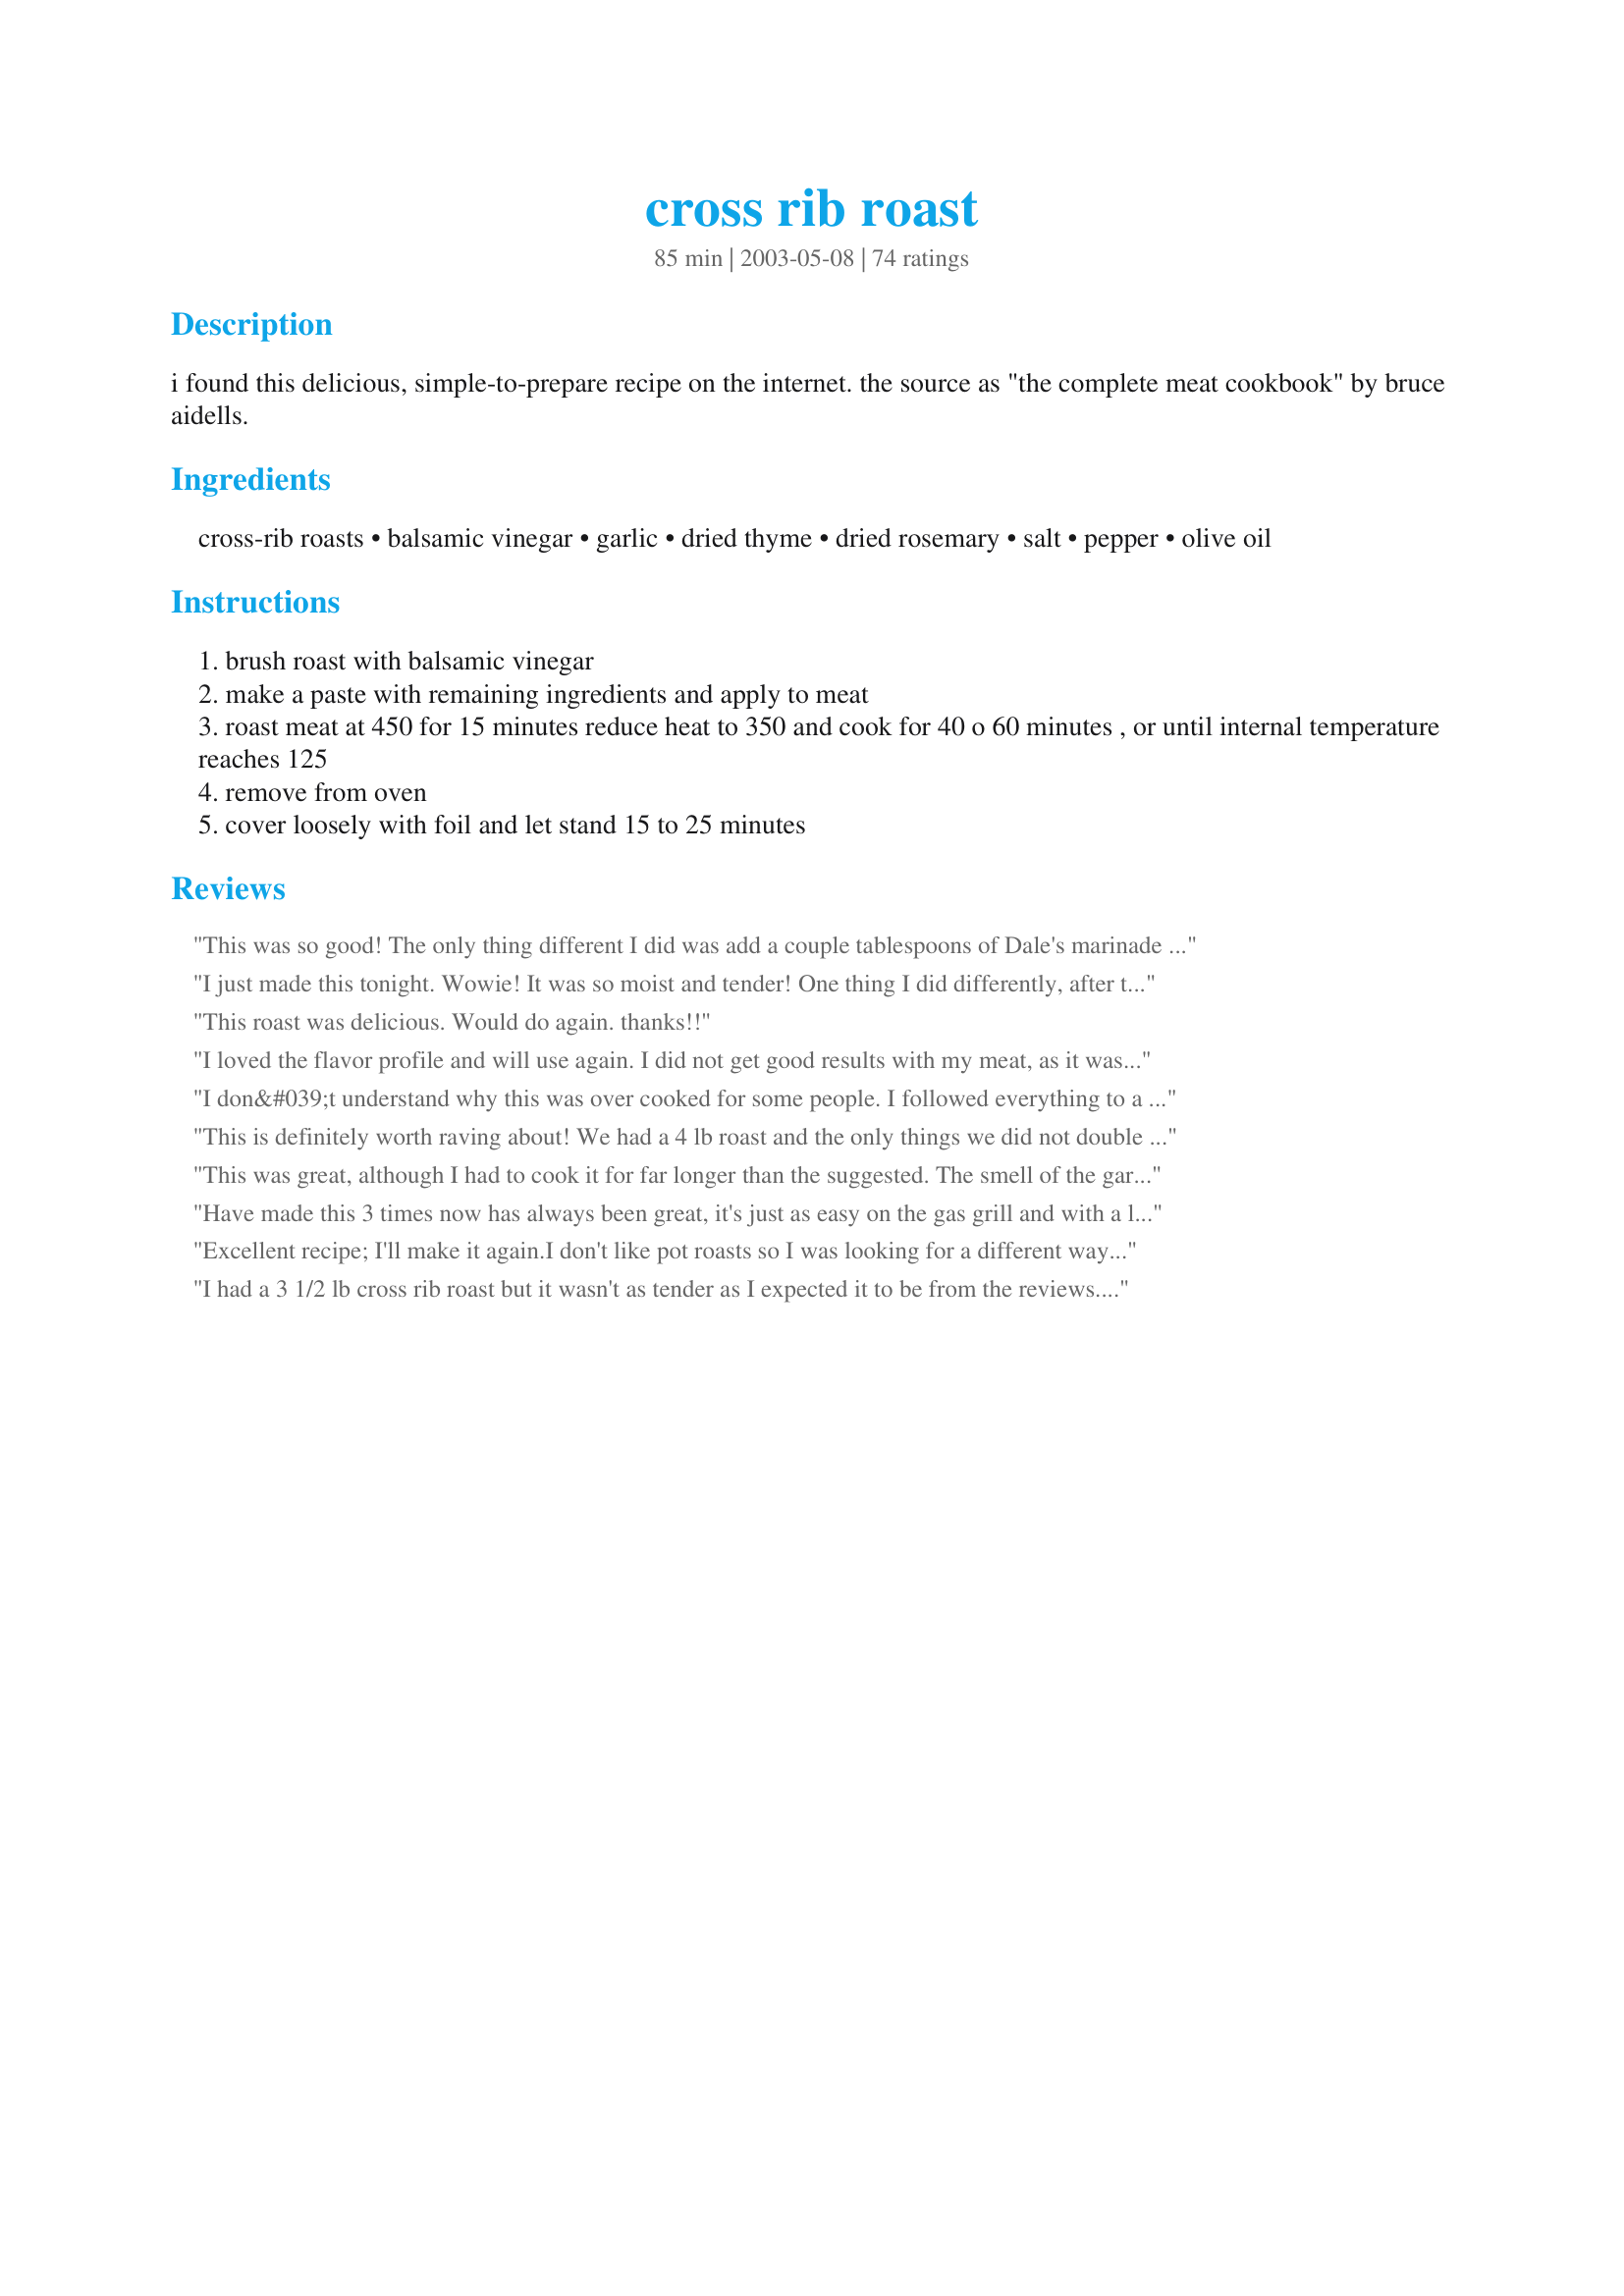
cross rib roast
Preparation time: 85 minutes

i found this delicious, simple-to-prepare recipe on the internet. the source as "the complete meat cookbook" by bruce aidells.

Ingredients:
cross-rib roasts, balsamic vinegar, garlic, dried thyme, dried rosemary, salt, pepper, olive oil

Steps:
brush roast with balsamic vinegar
make a paste with remaining ingredients and apply to meat
roast meat at 450 for 15 minutes reduce heat to 350 and cook for 40 o 60 minutes , or until internal temperature reaches 125
remove from oven
cover loosely with foil and let stand 15 to 25 minutes

Reviews:
This was so good! The only thing different I did was add a couple tablespoons of Dale's marinade with the vinegar and let it sit for a couple of hours. The meat was 4.50 lbs and cooked to medium rare for 55 min. So glad I tried this recipe, would make again!
I just made this tonight. Wowie! It was so moist and tender! One thing I did differently, after the intial 450 @ 15 min, I then cooked at 275 for 90 min (this made it medium about 140 degrees- the way we like it). For some reason cooking at a slower temp keeps the meat tender. Thank you so much for adding this recipe, we loved it!
This roast was delicious. Would do again. thanks!!
I loved the flavor profile and will use again. I did not get good results with my meat, as it was a bit tough and overcooked. MY roast was about 3 lbs and I initially cooked at the high heat 450 for perhaps as long as 16 or 17 minutes. I then lowered temp to 350 and cooked for another 40 to 45 minutes. When I removed form oven I was getting an internal temp of 140 to 145 degrees. It looked well done inside. Next time I will cover it after lowering temp- perhaps cook longer at lower temp and monitor with a thermometer while cooking, as others have suggested. I wonder if the toughness could have as much to do with the cut of meat as any cooking technique.
I don&#039;t understand why this was over cooked for some people. I followed everything to a T except for the seasoning. Was out of thyme &amp; Rosemary so used Italian seasoning instead as it contains both herbs. Put garlic, herbs, salt, pepper &amp; oil in my morter &amp; gave it a quick mix with my pestle which really made the garlic give up its flavor &amp; fragrance. It was so good! Done to perfection after 40 minutes in oven &amp; 15 under foil.
This is definitely worth raving about! We had a 4 lb roast and the only things we did not double were the amount of balsamic vinegar and the salt. We will "WOW" company with this recipe at some point. Oh, the house smells amazing while this is cooking as well!
This was great, although I had to cook it for far longer than the suggested. The smell of the garlic and herbs roasting was delis. And I threw some potatoes and carrots in the bottom of the dutch oven I cooked it in, along w/ half a can of chopped tomatoes. The potatoes also required extra roasting, so that worked out and having been cooked in the beef fat made them amazingly good.
Have made this 3 times now has always been great, it's just as easy on the gas grill and with a little wood smoke it's fantastic
Excellent recipe; I'll make it again.<br/><br/>I don't like pot roasts so I was looking for a different way to cook the cross rib roast that we acquired as part of our purchase of 1/4 of a local cow.<br/><br/>I tried this recipe with some modifications based on other internet suggestions and the roast came out wonderfully.<br/><br/>Modifications: <br/>1. After basting the roast with balsamic vinegar I browned the roast in vegie oil.<br/><br/>2. Then rubbed the roast all over with the herb paste (I used fresh thyme and rosemary, and made the paste by dumping all ingredients in a food processor with a little extra olive oil; easy and quick).<br/><br/>3. Roasted the 4-lb roast in a 250 degree oven in a non-stick roasting pan for 2 hours. By then it was at 145, so I should have checked after 1 1/2 hours for it to be slightly less well done. It was pink and juicy and very tender even at 145. <br/><br/>General: The herb paste rub is wonderful and would be good on any meat. I might try it on grilled chicken soon.
I had a 3 1/2 lb cross rib roast but it wasn't as tender as I expected it to be from the reviews. I think perhaps I may have overcooked it but it could also have been the meat itself. After 80 minutes the internal temp read 140. Loved the paste and will try this recipe again.
Whoa Nelly! This was a great recipe and one I will use again. I used fresh herbs because they were available but followed the rest of the recipe closely. The meat turned out perfect, pink but not bloody. I did deglaze the pan with some red wine and made a roux for a beautiful and mouth watering gravy.
Terrific! The smell alone was worth the work. I had a 5-pounder, so I doubled the balsamic vinegar, olive oil, and garlic. The larger roast took 1hr 45min to cook.
I asked the butcher to cut me a large boneless cross rib roast so that I could serve it for Christmas Eve. I cooked an 8.5 lb roast which the butcher had tied for me also. I did not have to quadruple everything. Only needed 6 tbsp balsamic to coat all sides of the roast. I did not have dried thyme so used the ground and used one and a half tsp for the 8.5 lb roast. Otherwise I did quadruple the ingredients and added the whole cloves of garlic that the previous chef mentioned.
It was cooked until it reached a 125 temperature and after tenting for 20 minutes the meat was medium to medium rare. I think I would cook it to 120 next time as we all like it more rare.
This roast was amazingly delicious! Days later the folks I invited over are still talking about it.
I used a 2.7lb roast but kept all the other ingredient amounts the same as in the recipie. I used an in oven meat thermometer to prevent overcooking and followed the directions exactly (just taking the meat out at 125 degrees instead of timing it since my roast was extra big). It was perfect, definately rare, and reheated well as leftovers.
OMG!!! This is the best roast I've ever made! I even found myself dipping bread in the pan drippings. So good!!!
I found a two pound cross rib roast in the freezer that I decided I should finally defrost and find a recipe for (never having made a cross rib roast before). I followed the recipe very closely, using two large cloves of garlic and fresh rosemary (instead of dried) and everything else exactly the same. I cooked it for 40 minutes (at 350) after having cooked it at the higher recipe as called for in the directions. My thermometer read 158, but it may not have been accurate since I believe the roast was just perfectly medium rare. It was absolutely DELICIOUS--juicy and flavorful. An added bonus is how easy it was to make and how quickly it cooked. This is definitely a "keeper" and would be perfect, as well, for company!
I followed the recipe exactly and the meat was very flavorful and tender. The leftovers were good thinly sliced for sandwiches.
I used a bottom round roast and cooked a little longer at a lower temperature for the last part. I also used herbs de provence because it contains rosemary, instead of the straight rosemary, and I really liked the added dimension. It was a good recipe for this cheap cut. This really tasted good and I'll love to try the method with a better piece of meat.
Thought it was awesome. I had a 5 lb roast so I doubled the ingredients. It was 140 degrees at 1 hour 30 minutes.
Roasting at a high heat for 15 minutes really seals in the juices. This was a wonderful way to prepare the meat.
I immediately loved this recipe apon reading it. The ingredients are all among my favorites to cook with. Gives the meat a wonderful flavor without detracting from the already great taste of the beef.
internal temp of 125-degrees is pretty rare. 145 I think might be a better Med-Rare finish
A great way to impress company or just your family. Very tasty.
Love this! The balsamic adds a kick of flavor. To make for a more tender roast I let the meat rest to room temperature for about 90 minutes. Then I pan seared in vegetable oil before putting in the oven. It made a delicious gravy for the potatoes. Will definately use this recipe again!
Delicious, my husband's new favorite!
All the reviews were absolutely correct! Fabulous and Fast! Loved the seasoning paste combined with the balsamic vinegar (tenderizer). The meat juices in the bottom of the pan were fragrant and delicious with the mashed potatoes I served with the meal. Thank you for a great recipe!
Excellant and quite easy.
I didn't see anyone say they marinated this overnight, so I thought I would add that I did! Pleasant surprise, it was DELICIOUS! I had a 6.8 pound cross rib roast and pretty much stuck to the recipe, and cooked it 15 minutes at 450, then turned it down to 275, this seemed to be the average temp everyone else used and it worked.<br/><br/> I added a bit more balsamic though than the recipe, but the herbs were enough for this size. I marinated it almost 12 hours. The roast took almost 3 hours to reach 130...at that temp it was pink in the middle and when it sat did not get tough. My company was very late, so it sat under foil for an hour and was still OK...a little chewy though, but that was probably the cut of meat I got. I was very impressed with the nice browned look it had, people liked it and I will try that rub on other meats too! I used fresh rosemary from my garden, but microwaved it a minute before chopping...turned out great!
This was absolutely delicious.
(Coming from a Montrealer, we have very high standards!)
My rating is just for the awesome Balsamic vinegar/Olive oil seasoning paste and not for the cooking method as I used a crockpot after searing in the oven at 500 degrees for 15 minutes. The first thing my husband said when he walked in the door was how good it smelled. Outstanding!
&quot;This is the best recipe&quot;! I have made this several times and it never fails!
Absolutely amazing. My "family" (college buddies) of 6 ate the entire 3.5 lb roast. Several of them kept saying, "I need you to email this recipe to my mom so she'll make it," or "This is literally the best roast I have ever had." Be sure you know when purchasing (and portioning while serving) that the cross rib roast has a large line of fat running through one end, rendering it almost inedible. But otherwise, DELISH. I did the 2-hour at 275* slow roast for time purposes. Amazing!
So tender, and perfectly cooked!
Loved this receipt. I made this for my boyfriend last night and he loved it but it took longer to cook then what the receipt said. I made it with green bean casserole and garden salad w olive oil, lemon juice and red pepper yummy!!
Absolutely Superb! It was easy and the meat was a perfect medium rare. The flavor was out of this world and you should smell the aroma in my house... Terrific! The only thing I would add is a couple slivers of clove garlic poked into the meat.
This recipe was not only easy but simply amazing. I followed to a tee (okay maybe extra garlic) and my roast turned out great. Will definitely make it again!!
Yum, kids loved it too!
This was not only a great roast to serve with potatoes, etc. It was the BEST the next day cut thin for sandwiches with cheddar cheese. Excellent recipe!
I had a 2.34 lb. roast. Followed recipe exactly. Well almost. Couldn't imagine how to use up 2 tablespoons vinegar to coat roast. I have a convection oven and I don't know if that explains the time discrepancy. I roasted at 450&deg; for 13 min. then turned down to 325&deg; as meat thermometer in roast showed it was already over 100&deg;. Set timer for 20 minutes and when I checked it thermometer was already over 150&deg;. Still cooling, hope it's not too well done.
First time a made a pot roast. Recipe looked good, so I tried it. My family looooved it! Even my daughter's two friends that were there. I served it with home made cole slaw, french fries, and steam rice. Perfect combination!
Similar to One Happy Woman, I applied the oil and vinegar first. However, I emulsified the two before brushing on. Used fresh herbs rather than dried and allowed to marinade for an hour before placing in the oven. This roast was tender and delicious, and utilizing a cheaper cut of meat (paid 4.99 lb. at local butcher) made this recipe a hit! My roast was 3.5 lbs and took 90 minutes with secondory temp at 325. Although the long cooking time may not make this practical for weeknights, served with a red wine sauce (from drippings, frozen beef stock and butter) Alexia's Yukon Gold Hash Browns and broccoli, this recipe turns into a hassle-free and fantastic meal.
It's tasty. Made it twice now directions are almost spot on. In my case 40 minutes put me at 170f. Possible my oven is off but two time sane results and I was at 2.5 and 3lbs. If check after 30 min.
Excellent recipe. The balsamic vinegar makes all the difference. After dousing the roast with balsamic, and applying the herb rub, I let it marinate out of the fridge for two hours. The meat was tender, and wonderfully tasty. Will definitely make this again!
amazing this roast recipe gave me a total mouth gasim. i used a 2lbs flat iron cross rib roast and it cooked up beautifully. perfectly med. rare. this recipe made my night. thank you. thank you. thank you.
Wow, what a find. Cross-rib roast was on sale for 1.49 per pound and I bought one that was just under 2 pounds. Prepare this way, it was a delicious treat for 4 people for about $3 including the other ingredients! I served it with mashed potatoes and a cucumber watermelon salad. The whole house smelled wonderful as it cooked.
Excellant! My family loved it
I wasn&#039;t sure how to cook the grass fed organic cross rib roast I bought, and I followed this recipe for a 2.30 lb. cooked for a total of 1hour 15 min. Just wonderful! So pleased will make it again for sure!
I looked at a few different recipes for a Cross Rib Roast, and I am so glad I found yours! It was easy to do and a big hit at the dinner table.
I just tried this last night for my inlaws (who by the way are picky when it comes to meats) and it turned out great!!! They were really impressed. I didn't have rosemary so used 1.5 tspn of thyme. I also made a gravy with one can of beef broth mixed with the drippings and some cornstarch to thicken. I served with mashed red potatos and brocolli. EVERYONE (including my two little ones) ate it all up. Thanks so much for making us new chefs successful!
boy, we'll be doing this again!!! very easy and yuuummmmy. I did a 4Â½lb
roast for the 15 min at 450Â° and one hour at 350Â°it turned out perfect and very tender....thanks for this simple and quick recipe. my DH had 4 slices and it went to fast to get a picture. delish!!!
This has become my go-to recipe for roasts and i've been using it as a rub for other beef cuts too. We love it for dinner... and the leftovers make an amazing sandwich. Thank you for posting this delicious recipe.
The seasonings on this are amazing!
My roast was terribly tough but the meat still tasted wonderful! I am going to try this on a different roast because I am sure that this combination would be great on any roast!
I randomly got this recipe when I did an internet search for a cross rib roast recipe. I had a leftover roast after having a BBQ and didn't want it to go to waste. It was so easy and was absolutely delicious! The flavor is amazing!!!
I have not yet made this roast, but have it waiting in the frig to do so. I am from California and one thing I do not understand is the internal temps posted and what state of doneness is desired. Here, 120 is rare, 125 is medium rare, 130 is medium, 135 is medium well and 140 is well done.....145 is over done. The carry over cook time makes meat just right if these rules are followed. I grew up on cross rib roasts and my mom always made them delicious with a good gravy to go with it for leftovers. I usually roast with garlic and onion powder and pepper. This time I will try this recipe and let you know how it turns out. I am sure it will be delicious. It is a flavorful cut of beef and worthy of more than just making a pot roast out of it. The more well done it is, the tougher it is though. I am looking forward to having this for dinner tomorrow, and I will cook it at a low temp after searing. Happy cooking all. :)
Big hit with the sweetheart, this was - thank you! Loved the balsamic vinegar -nice touch! Instead of making a paste (I'm such a klutz, I do well to avoid pastes.) I sprinkled half the rub on the meat, sprayed it with oilive oil spray and sprinkled the rest of the rub on the meat. Perfect crust. I took the roast out when it read 125 on the thermometer and it cooked another 10 degrees while resting under the foil. Perfect medium rare roast beef.

I cooked a 3.15 lb roast and kept it at 350 for one hour, after reducing the temperature.
This recipe was awesome. I may have added extra rosemary which was a major plus. I also cooked it in a clay covered cookware with veggies. At the end, after the meat was sliced, I added a can of cream of mushroom soup to the veggie/broth mix. The meal was yummy!
What the heck is a cross rib roast? Never heard of it before. I used a bottom of the round roast and made according to directions. We loved the aromas coming from the kitchen while this was in the oven. We could hardly wait to dig in. Great recipe and one I will make again with other cuts of beef.
An outstanding recipe indeed.
I am so happy that I found this recipe. It is so important to pay attention to the different types of meat you&#039;re buying bc they do not all cook the same. But this was a happy mistake, I had never used this cut of meat. I did change one little thing. I used Herbs De Provence (for the first time), I am a novice in cooking but this made me look like a pro! The key was the combo of balsamic, garlic and the herbs I think. Thank you so much for sharing!
I don&#039;t wright posts but I felt this one deserved it. Awesome recipe! I have two children 14 months apart and under 20 months old so my time is limited and the time taken to prepare and cook this roast was great. I used my Dutch oven though and browned it in bacon grease in the Dutch oven then the Balsamic vinaigrette then the seasoning paste, cooked as followed and it was perfect. Best roast I ever made, my 19 month old was licking her plate.
I've been making cross rib roast this way for years, since I bought Aidells' cookbook. It is tender and juicy every time. I often add some mustard to the mix, too. We love the leftovers as french dip sandwiches or enchiladas. It's easy and much more economical than most other roasts.
Oh my. The recipe sounded delicious. I bought a 3 1/2 lb cross rib roast and followed the recipe, using the minimum (40 min) time because my roast looked thinner than the one pictured. Even at 15 min at 450 and 40 minutes at 350, the roast was well done ... really well done. I can probably salvage something from it ... The seasonings are similar to what I use for a standing rib roast over the holidays, except for the balsamic vinegar, which lent a nice touch.&lt;br/&gt;&lt;br/&gt;So ... lesson learned: If you make this recipe, please take into account not just the weight of the roast, but it&#039;s thickness.
This was the best rub I have used for roasts! Easy to make with readily on-hand ingredients that complement the beef. I put it on in the morning to allow the flavors to permeate to roast for a few hours. Perfection. It's now my go-to recipe for rubs!
Absolutely delicious crust and the sauce goes really well with potatoes, carrots and onions. A great way to fancy up a cheap cut of meat.
Excellent recipe. However, I added a bit of honey mustard , onion powder and seasoning salt to the mix and a bit less rosemary and thyme.
Since I had a bottle of Balsamic Glaze from Trader Joe's, I used that in place of plain balsamic vinegar. This was delicious and my husband loved the sauce! Will definitely save this one! Very easy to prepare.
I had a 2.7 pound boneless cross rib roast with a 1/8" layer of fat on one side. I decided to cook it with the fat side up so it would self-baste, and it was incredibly tender. I ended up only cooking it for 30 minutes at 350 (after the initial 15 minutes at 450), and it read almost 140 on the instant read thermometer when I took it out. It was perfectly medium rare. The spices in the rub were to die for, and although it was just a tad on the salty side (I used about 1.5T salt instead of just 1, so it's probably my fault!), it really brought out the flavor of the meat very well. My two toddlers even ate and enjoyed it! I will definitely be making this again, probably when these cross rib roasts are $1.99 a pound again!
The aroma of this should be outlawed! How on earth can we wait for dinner when we are smelling this so long? Mine took a while to cook, then it seemed like it went from 100 to 140 in 10 minutes! The kids thought it too spicy, but I enjoyed the herb combo.
I am concerned of using too much balsamic vinegar or not enough. Another link mentioned a tablespoon for every 1/4 lb; a 4 lb roast would take 1 cup. Why one tablespoon of olive oil? What is that going to do to the roast? I have cooked a lot of cross rib roasts with just seasoning salt and Mrs. Dash with the blue lid and it is always tender and delicious but I want a change.
Great taste and easy because it is only pantry items that I normally have on stock. It smelled delightful while it cooked!
I'm going to try it but I don't like rosemary,in fact I hate it any suggestions?
The first time I tried it, I was hooked and have tried it on many cuts of beef since then- YUM and so tender:)
Great simple recipe. I used fresh thyme and rosemary and cooked the roast at 275. Good subtle flavor and very tender.
WOW! I improvised just a tad. I used 4 lg garlic cloves, citrus balsamic and used all fresh herbs from my garden. I also have a convect oven so I cooked a 2.5lb Cross Rib Roast as follows> I set my oven at Convect Roast for 450 degrees. I cooked it for 12 min. before I lowered it to 350 degrees and finished it at 40 min. I don't have an instant read thermometer, but it was cooked to PERFECTION! I served it for company and everybody made pigs of themselves! Wish I could have claimed it as my own, but.....well you know how that is.
